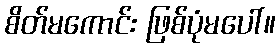
စိတ်မကောင်း ဖြစ်ပုံမပေါ်။